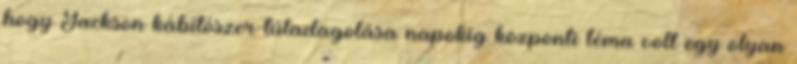
hogy Jackson kábítószer-túladagolása napokig központi téma volt egy olyan